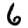
Digit: 6